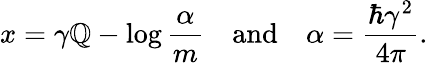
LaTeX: x=\gamma\mathbb{Q}-\log\frac{{\alpha}}{{m}}~~~~\mathrm{{and}}~~~~\alpha=\frac{{\hbar\gamma^{2}}}{{4\pi}}.